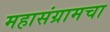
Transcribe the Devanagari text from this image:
महासंग्रामचा